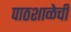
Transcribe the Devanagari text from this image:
पाठशाळेची